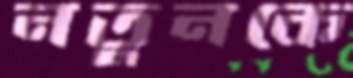
নতুনকে